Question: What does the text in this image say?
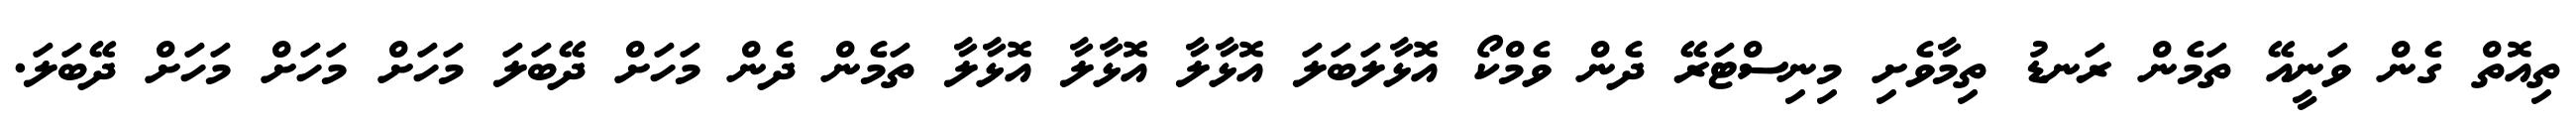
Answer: ތިއޮތް ގެން ވަނީއޭ ތަމެން ރަނޑު ތިމާވެށި މިނިސްޓަރޭ ދެން ވެމްކޯ އޮޅާލަބަލަ އޮޅާލާ އޮޅާލާ އޮޅާލާ ތަމެން ދެން މަހަށް ދޭބަލަ މަހަށް މަހަށް މަހަށް ދޭބަލަ.